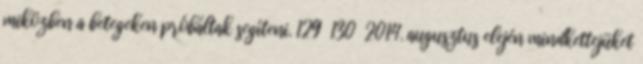
miközben a betegeken próbáltak segíteni. 129 130 2014. augusztus elején mindkettejüket